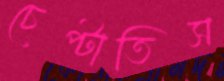
চেপ্‌টাতিস